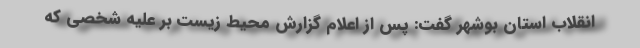
انقلاب استان بوشهر گفت: پس از اعلام گزارش محیط زیست بر علیه شخصی که